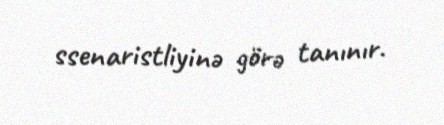
ssenaristliyinə görə tanınır.